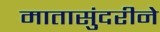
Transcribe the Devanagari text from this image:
मातासुंदरीने